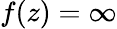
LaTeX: f(z)=\infty